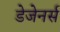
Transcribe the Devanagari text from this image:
डेजेनर्स